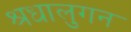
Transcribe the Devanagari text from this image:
श्रधालुगन